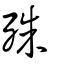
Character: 殊